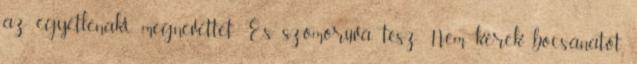
az egyetlen,aki megnevettet És szomorúvá tesz Nem kérek bocsánatot